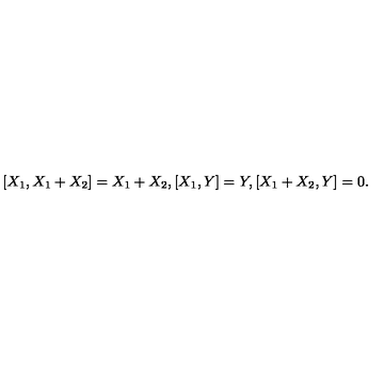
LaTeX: [ X _ { 1 } , X _ { 1 } + X _ { 2 } ] = X _ { 1 } + X _ { 2 } , [ X _ { 1 } , Y ] = Y , [ X _ { 1 } + X _ { 2 } , Y ] = 0 .